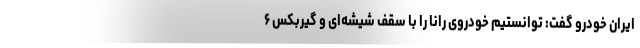
ایران خودرو گفت: توانستیم خودروی رانا را با سقف شیشه‌ای و گیربکس ۶